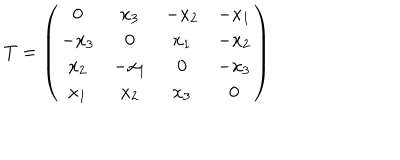
T = \left( \begin{array} { c c c c } { { 0 } } & { { x _ { 3 } } } & { { - x _ { 2 } } } & { { - x _ { 1 } } } \\ { { - x _ { 3 } } } & { { 0 } } & { { x _ { 1 } } } & { { - x _ { 2 } } } \\ { { x _ { 2 } } } & { { - x _ { 1 } } } & { { 0 } } & { { - x _ { 3 } } } \\ { { x _ { 1 } } } & { { x _ { 2 } } } & { { x _ { 3 } } } & { { 0 } } \\ \end{array} \right)